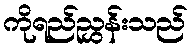
ကိုရည်ညွှန်းသည်